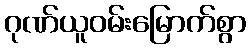
ဂုဏ်ယူဝမ်းမြောက်စွာ